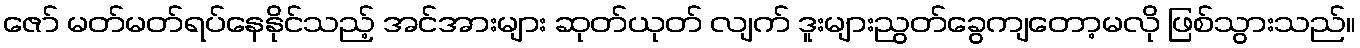
ဇော် မတ်မတ်ရပ်နေနိုင်သည့် အင်အားများ ဆုတ်ယုတ် လျက် ဒူးများညွတ်ခွေကျတော့မလို ဖြစ်သွားသည်။